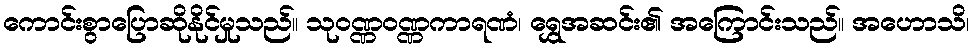
ကောင်းစွာပြောဆိုနိုင်မှုသည်။ သုဝဏ္ဏဝဏ္ဏကာရဏံ၊ ရွှေအဆင်း၏ အကြောင်းသည်။ အဟောသိ၊